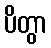
ပိတွာ